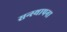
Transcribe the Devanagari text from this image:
सन्स्थापना